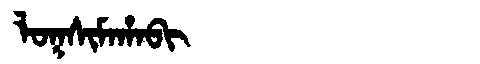
Manchu: ᠯᠣᡴᠰᡳᠮᠠᡥᠠᠪᡳ
Romanization: LOKSIMAHABI